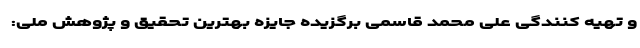
و تهیه کنندگی علی محمد قاسمی برگزیده جایزه بهترین تحقیق و پژوهش ملی: